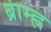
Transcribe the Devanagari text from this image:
ब्राम्ह्ण